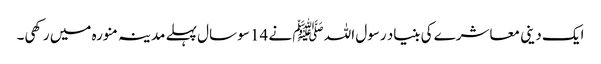
ایک دینی معاشرے کی بنیاد رسول اللہ ﷺ نے 14 سو سال پہلے مدینہ منورہ میں رکھی۔